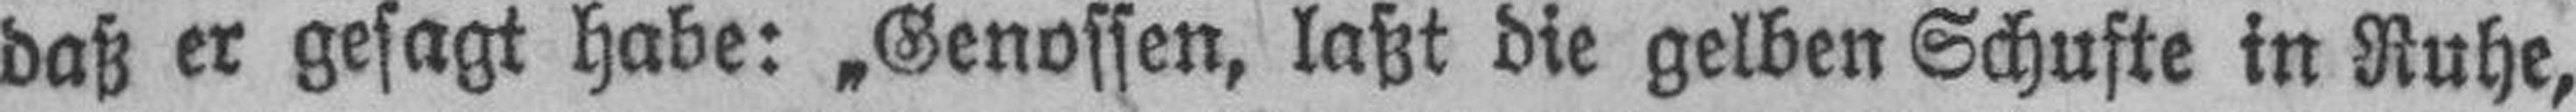
daß er gesagt habe: „Genossen, laßt die gelben Schufte in Ruhe,